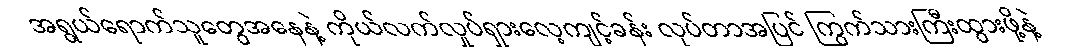
အရွယ်ရောက်သူတွေအနေနဲ့ ကိုယ်လက်လှုပ်ရှားလေ့ကျင့်ခန်း လုပ်တာအပြင် ကြွက်သားကြီးထွားဖို့နဲ့